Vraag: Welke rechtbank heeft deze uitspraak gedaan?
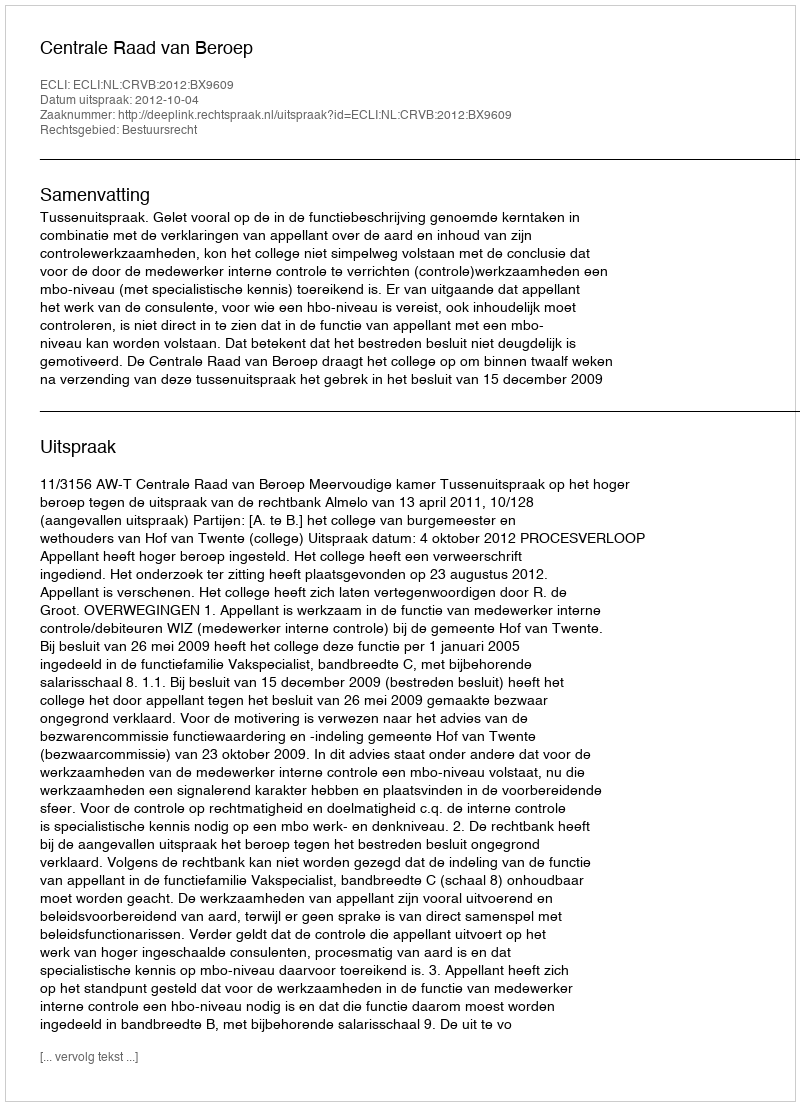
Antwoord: Centrale Raad van Beroep